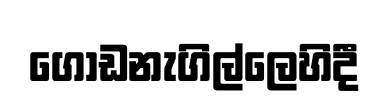
ගොඩනැගිල්ලෙහිදී